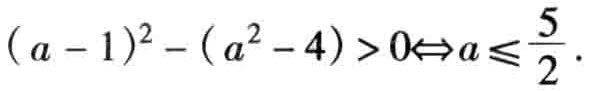
\((a - 1)^2 - (a^2 - 4) > 0\Leftrightarrow a\leqslant\frac{5}{2}\)